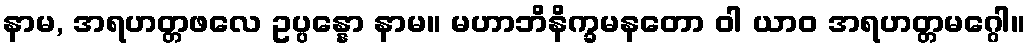
နာမ, အရဟတ္တဖလေ ဥပ္ပန္နော နာမ။ မဟာဘိနိက္ခမနတော ဝါ ယာဝ အရဟတ္တမဂ္ဂေါ။